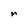
Character: M